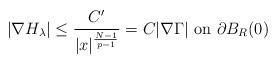
LaTeX: \begin{align*} |\nabla H_{\lambda}| \leq \frac{C'}{|x|^\frac{N-1}{p-1}} = C |\nabla \Gamma| \hbox{ on }\partial B_R(0) \end{align*}